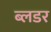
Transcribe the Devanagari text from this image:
ब्लडर